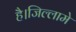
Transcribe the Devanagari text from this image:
है।जिल्लामे